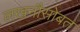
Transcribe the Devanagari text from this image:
लखनौसोबत